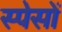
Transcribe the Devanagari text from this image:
स्पेसों